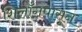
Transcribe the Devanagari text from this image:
शिलाँगपासून